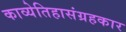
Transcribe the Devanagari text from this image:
काव्येतिहासंग्रहकार